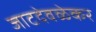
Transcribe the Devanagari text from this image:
जाटदेवळेकर